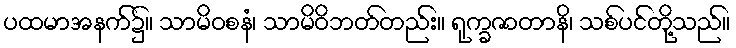
ပထမာအနက်၌။ သာမိဝစနံ၊ သာမိဝိဘတ်တည်း။ ရုက္ခဇာတာနိ၊ သစ်ပင်တို့သည်။